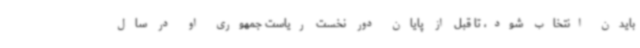
بایدن انتخاب شود، تا قبل از پایان دور نخست ریاست جمهوری او در سال